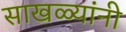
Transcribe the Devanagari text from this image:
साखळ्यांनी